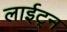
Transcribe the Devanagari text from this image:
लाईट्न